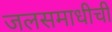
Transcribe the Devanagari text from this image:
जलसमाधीची